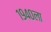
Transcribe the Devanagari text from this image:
१९४०ला